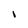
Character: I